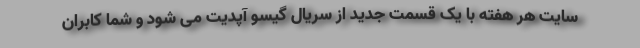
سایت هر هفته با یک قسمت جدید از سریال گیسو آپدیت می شود و شما کابران